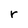
Character: r